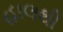
હાલથી